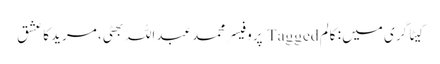
کیٹاگری میں : کالم Tagged پروفیسر محمد عبداللہ بھٹی، مرید کا عشق